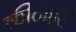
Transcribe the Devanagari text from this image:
कीटाहरी